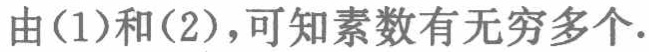
由(1)和(2),可知素数有无穷多个.